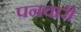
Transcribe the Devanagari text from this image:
पनवारी